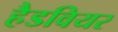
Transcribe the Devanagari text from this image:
हैडवियर